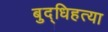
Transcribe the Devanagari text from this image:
बुद्धिहत्या